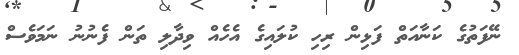
ނޭފަތުގެ ކަނާއަތް ފަޅިން ރިހި ކުލައިގެ އެހެއް ވިދާލި ތަން ފެނުނު ނަމަވެސް